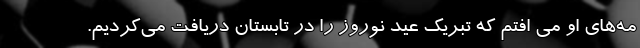
مه‌های او می افتم که تبریک عید نوروز را در تابستان دریافت می‌کردیم.